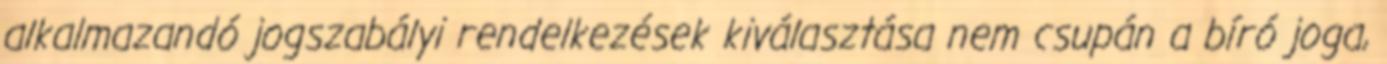
alkalmazandó jogszabályi rendelkezések kiválasztása nem csupán a bíró joga,